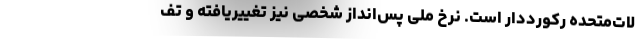
لات‌متحده رکورددار است. نرخ ملی پس‌انداز شخصی نیز تغییریافته و تف